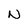
Character: N